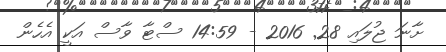
ށާނަ ޖުލައި 28